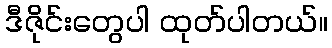
ဒီဇိုင်းတွေပါ ထုတ်ပါတယ်။